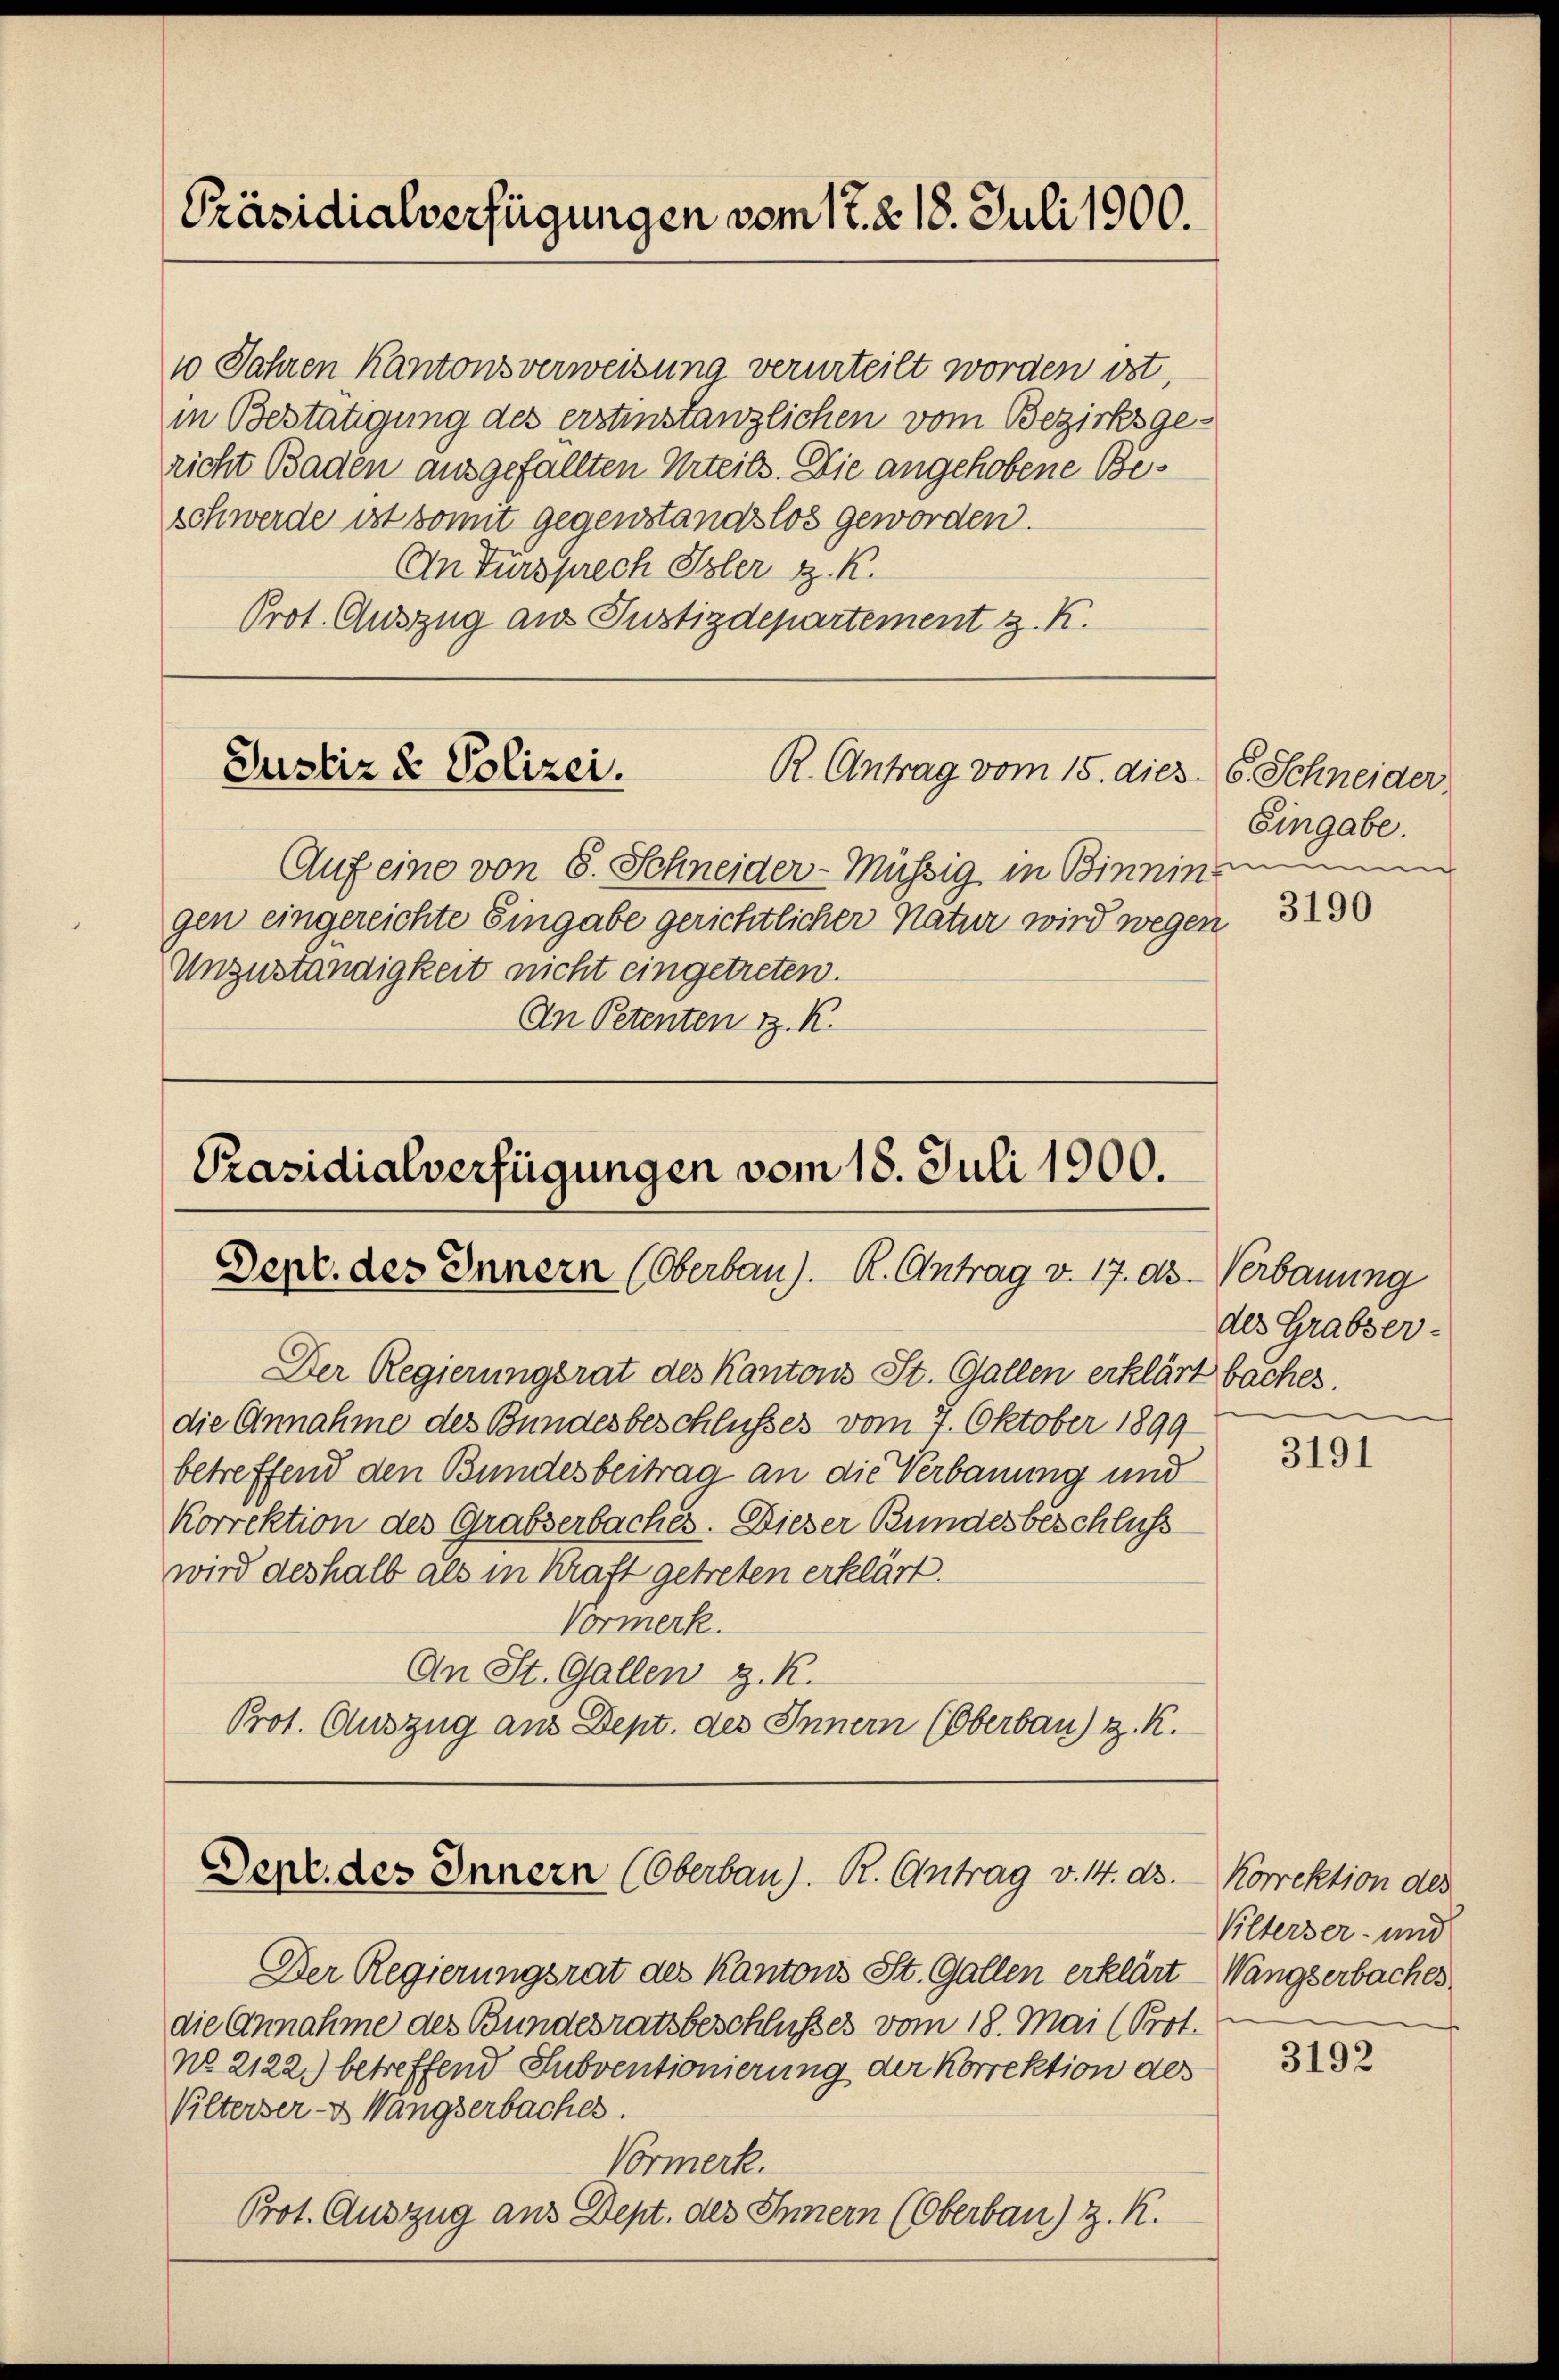
Präsidialverfügungen vom 17. 218. Juli 1900.

10 Jahren Kantonsverweisung verurteilt worden ist,
in Bestätigung des erstinstanzlichen vom Bezirksgericht Baden ausgefällten Urteils. Die angehobene Beschwerde ist somit gegenstandslos geworden.
An Fürsprech Isler z. K.
Prot. Auszug aus Justizdepartement z. K.

Justiz & Polizei.
R. Antrag vom 15. dies

Auf eine von 8. Schneider-Müssig in Binzin
gen eingereichte Eingabe gerichtlicher Natur wird wegen
Unzuständigkeit nicht eingetreten.
An Petenten z. K.

Präsidialverfügungen vom 18. Juli 1900.
Derc. des Innern (Oberbau). R. Antrag v. 17. dh.

Dept. des Innern (Oberbau). R. Antrag v. 14. ds.

Der Regierungsrat des Kantons St. Gallen erklärt baches.
die Annahme des Bundesbeschlusses vom 7. Oktober 1899
betreffend den Bundesbeitrag an die Verbauung und
Korrektion des Grabserbaches. Dieser Bundesbeschluss
wird deshalb als in Kraft getreten erklärt.
Vormerk.
An St. Gallen z. R.
Prot. Auszug aus Dept. des Innern (Oberbau) z. K.

Der Regierungsrat des Kantons St. Gallen erklärt
die Annahme des Bundesratsbeschlußes vom 18. Mai (Prot.
No. 2122.) betreffend Subventionierung der Korrektion des
Vilterser- & Wängserbaches.
Vormerk.
Prot. Auszug aus Dept. des Innern (Oberbau) z. K.

6. Schneider
Eingabe.

3190

Verbauung
des Grabser-

3191

Korrektion des
Vilterser- und
Wängserbaches

3192